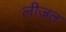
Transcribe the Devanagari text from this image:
लीजत